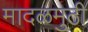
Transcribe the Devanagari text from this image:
मादळमुठी